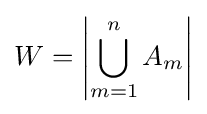
W=\left|\bigcup _{m=1}^{n}A_{m}\right|